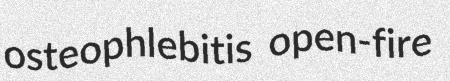
osteophlebitis open-fire